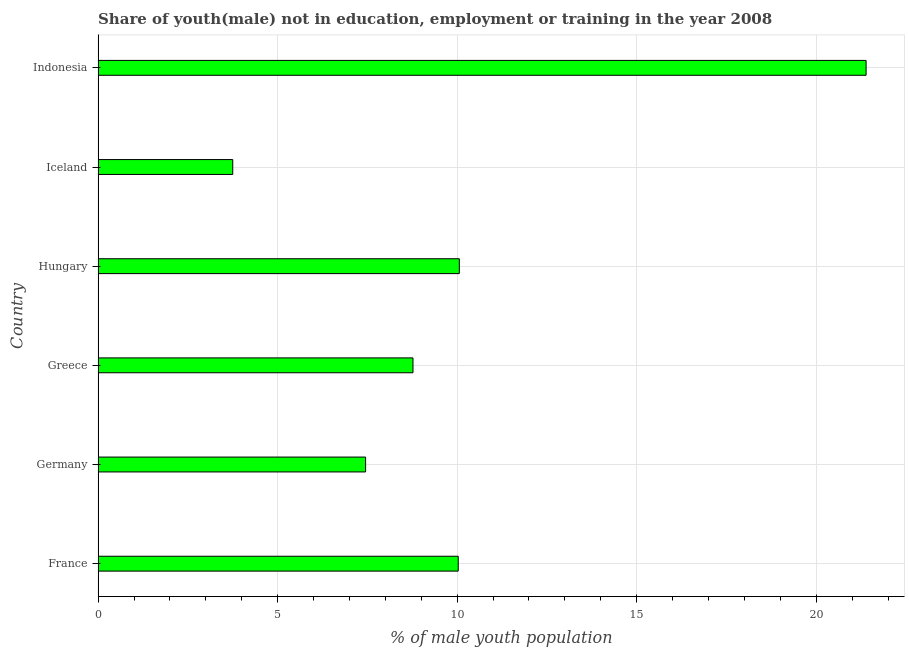
| Country | Unemployed(male) |
 | --- | --- |
 | France | 10 |
 | Germany | 7.45 |
 | Greece | 8.77 |
 | Hungary | 10.1 |
 | Iceland | 3.75 |
 | Indonesia | 21.4 |